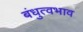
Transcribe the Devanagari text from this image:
बंधुत्वभाव